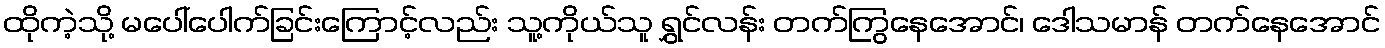
ထိုကဲ့သို့ မပေါ်ပေါက်ခြင်းကြောင့်လည်း သူ့ကိုယ်သူ ရွှင်လန်း တက်ကြွနေအောင်၊ ဒေါသမာန် တက်နေအောင်